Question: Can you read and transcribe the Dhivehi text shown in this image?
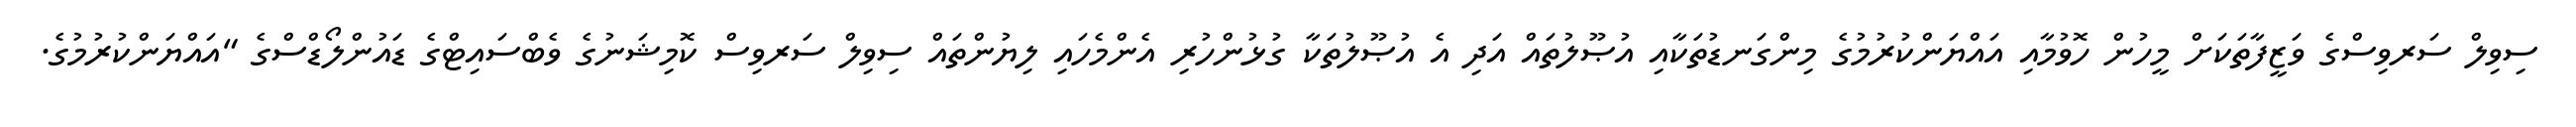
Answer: ސިވިލް ސަރވިސްގެ ވަޒީފާތަކަށް މީހުން ހޮވުމާއި އައްޔަންކުރުމުގެ މިންގަނޑުތަކާއި އުޞޫލުތައް އަދި އެ އުޞޫލުތަކާ ގުޅުންހުރި އެންމެހައި ލިޔުންތައް ސިވިލް ސަރވިސް ކޮމިޝަނުގެ ވެބްސައިޓްގެ ޑައުންލޯޑްސްގެ "އައްޔަންކުރުމުގެ.